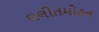
લલીતમોહન